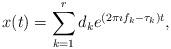
LaTeX: \begin{align*}x(t)=\sum_{k=1}^{r}d_ke^{\left(2\pi \imath f_k-\tau_k\right)t},\end{align*}